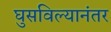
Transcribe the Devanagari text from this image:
घुसविल्यानंतर